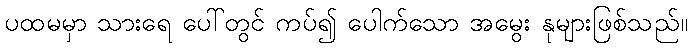
ပထမမှာ သားရေ ပေါ်တွင် ကပ်၍ ပေါက်သော အမွေး နုများဖြစ်သည်။